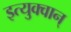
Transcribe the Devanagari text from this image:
इत्युक्वान्